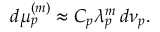
d \mu _ { p } ^ { ( m ) } \approx C _ { p } \lambda _ { p } ^ { m } \, d \nu _ { p } .